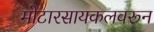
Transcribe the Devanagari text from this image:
मोटारसायकलवरून